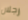
رجلان